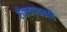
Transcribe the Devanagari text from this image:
सैन्यपथकाचे